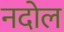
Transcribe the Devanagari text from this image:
नदोल